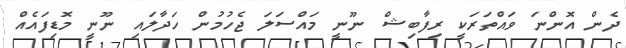
ދެން އޮންނަ ވައްތަރަކީ ރިފާބިޝް ނޫނީ މައްސަލަ ޖެހުމުން ހަދާލައި ނޫނީ މޮޑިފައެއް